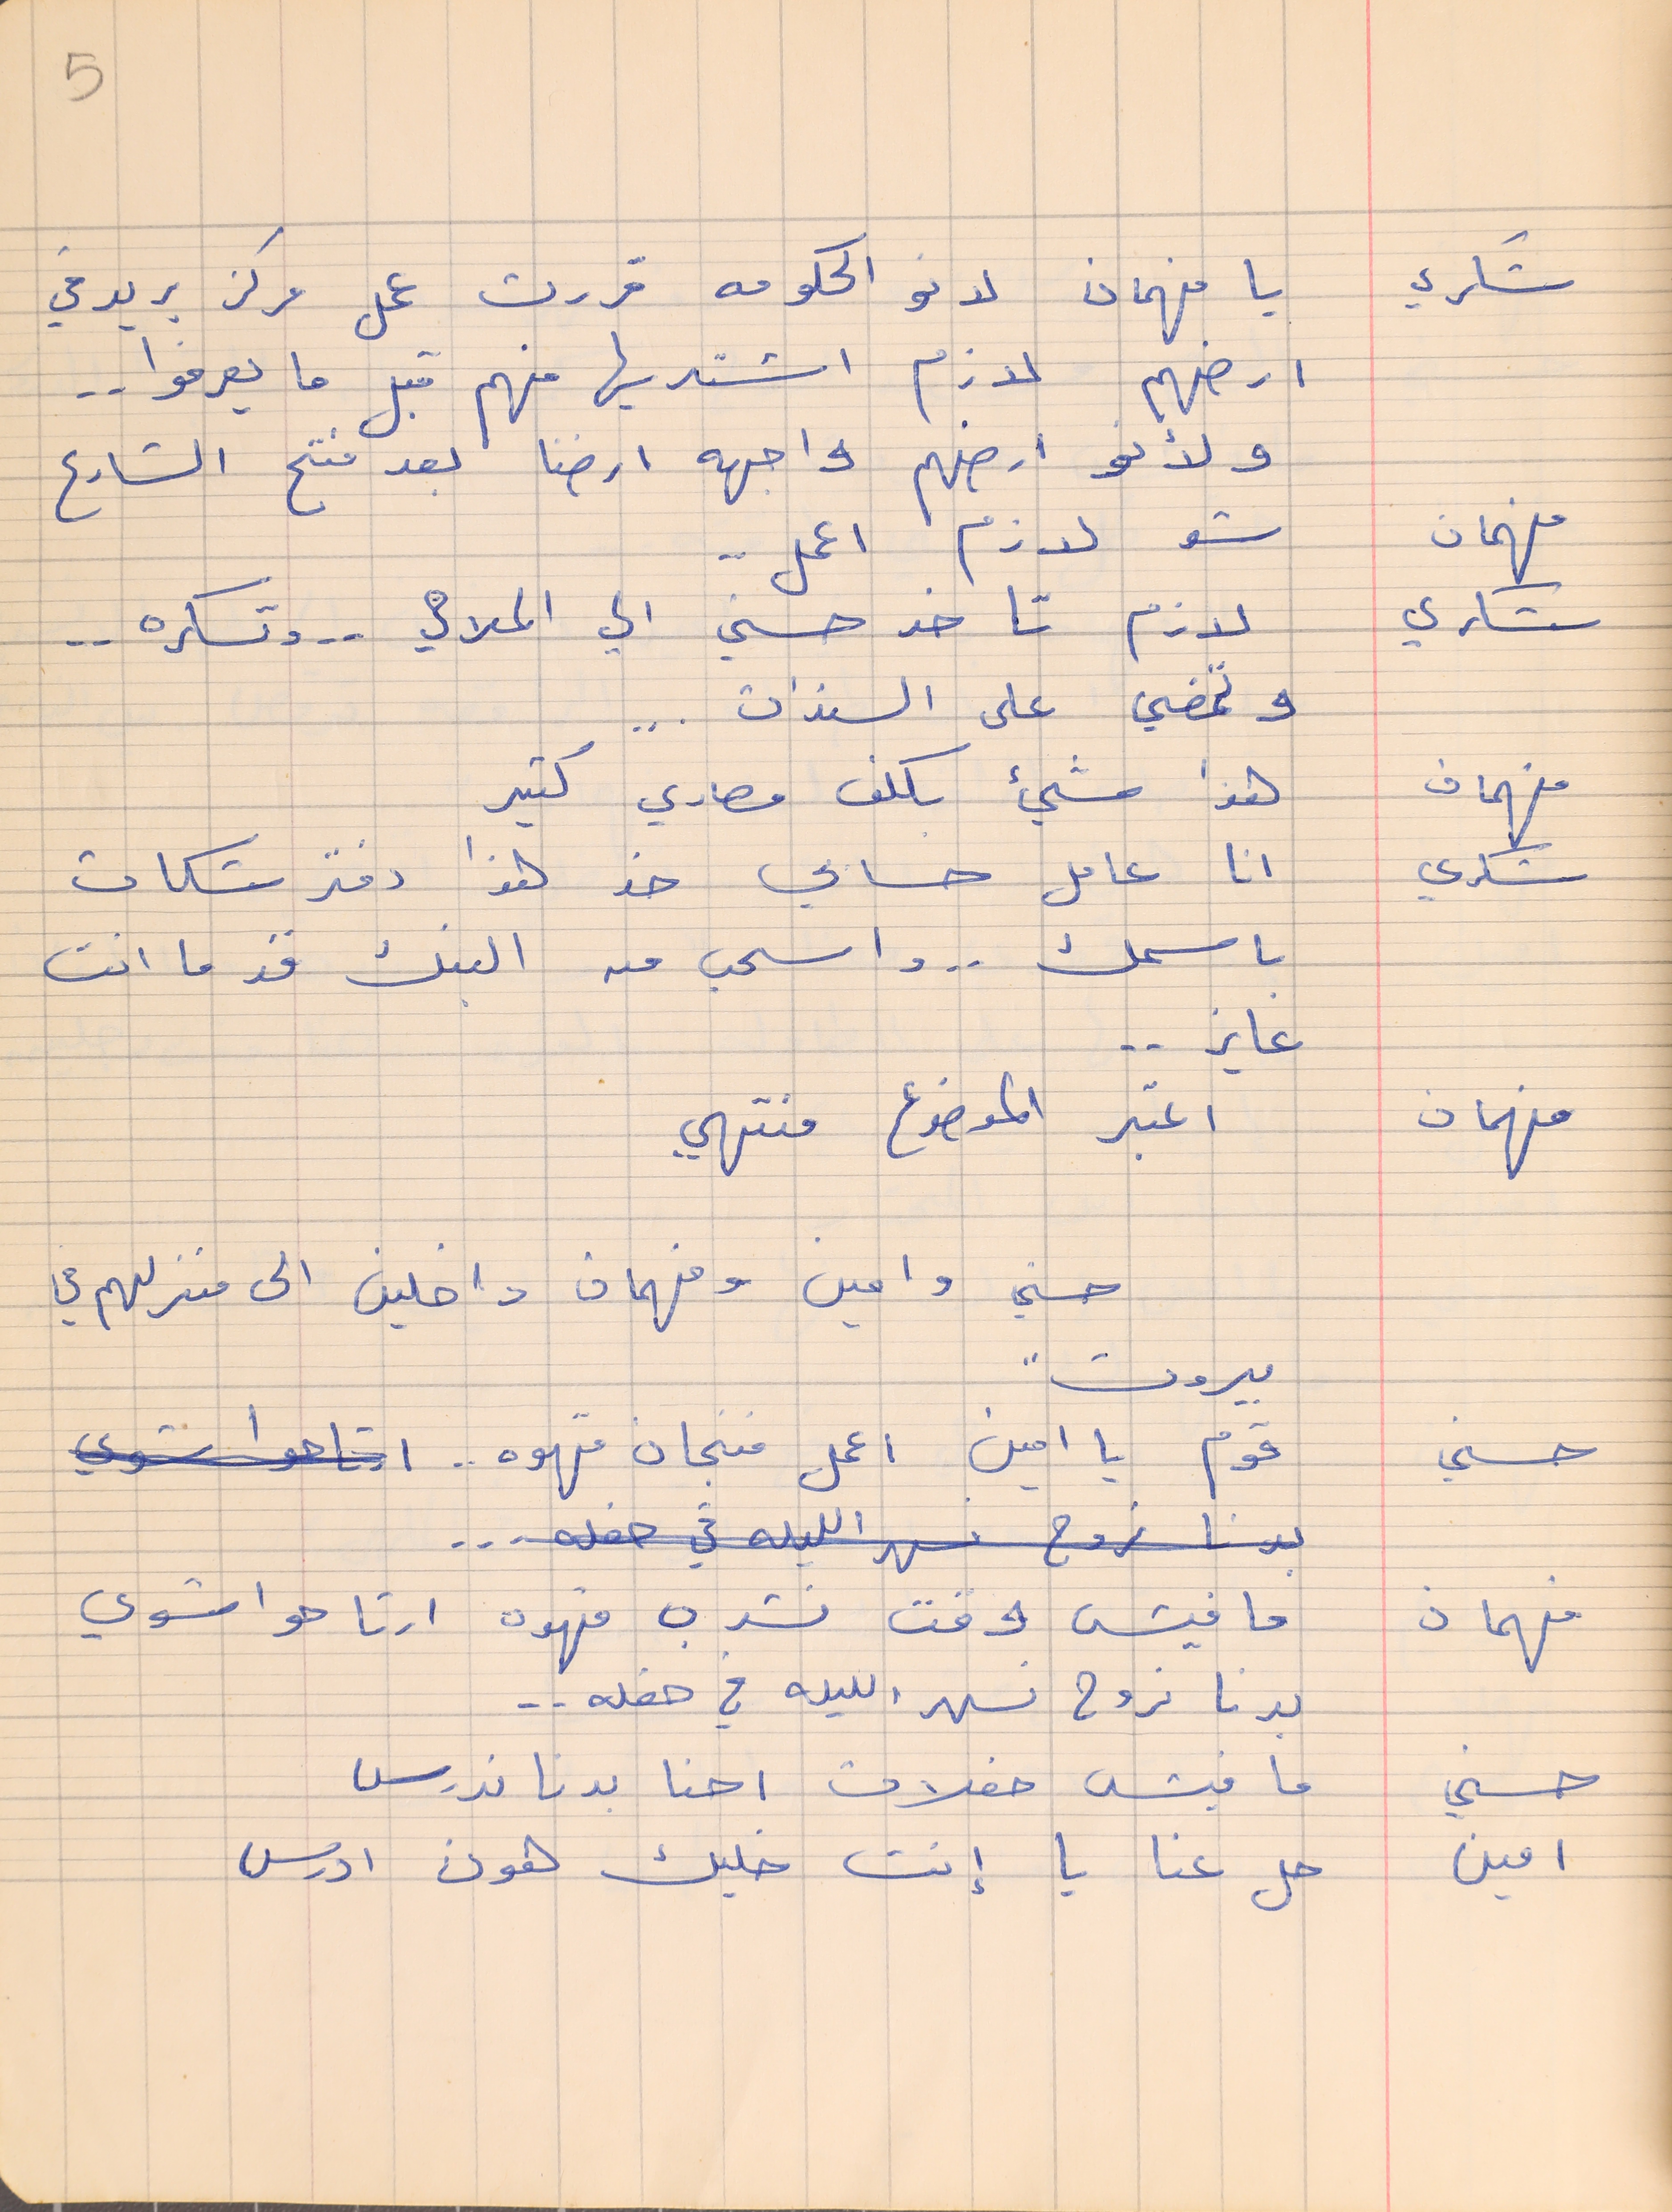
شكري    يا فهمان لانو الحكومه قررت عمل مركز بريد في
ارضهم لازم اشتريها منهم قبل ما يعرفوا . .
ولانو ارضهم واجهه ارضنا بعد فتح الشارع
فهمان    شو لازم اعمل . .
شكري    لازم تاخد حسني الي الملاهي  . . وتسكره  . .
وتمضي على السندات  . .
فهمان    هذا شيء بكلف مصاري كتير
شكري      انا عامل حسابي خد هذا دفتر شكات
باسمك . . واسحب من البنك قد ما انت
فهمان    اعتبر الموضوع منتهي
حسني وامين وفهمان داخلين الى منزلهم في
بيروت"
حسني     قوم يا امين اعمل فنجان قهوه . .
فهمان    ما فيش وقت نشرب قهوه ارتاحوا شوي
بدنا نروح نسهر الليله في حفله . .
حسني     ما فيش حفلات احنا بدنا ندرس
امين     حل عنا يا إنت خليك هون ادرس
5
عايز . .
 . . .